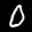
Label: 0